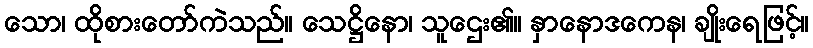
သော၊ ထိုစားတော်ကဲသည်။ သေဋ္ဌိနော၊ သူဌေး၏။ နှာနောဒကေန၊ ချိုးရေဖြင့်။